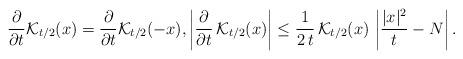
LaTeX: \begin{align*}\frac{\partial}{\partial t} \mathcal{K}_{t/2}(x)=\frac{\partial}{\partial t} \mathcal{K}_{t/2}(-x),\left|\frac{\partial}{\partial t}\,\mathcal{K}_{t/2}(x)\right|\le \frac{1}{2\,t}\,\mathcal{K}_{t/2}(x)\,\left|\frac{|x|^2}{t}-N\right|.\end{align*}